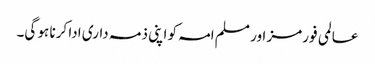
عالمی فورمز اور مسلم امہ کو اپنی ذمہ داری ادا کرنا ہو گی۔